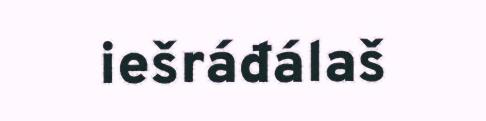
iešráđálaš